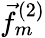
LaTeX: \vec{f}_{m}^{(2)}